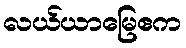
လယ်ယာမြေဧက